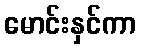
မောင်းနှင်ကာ